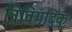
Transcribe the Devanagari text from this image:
त्रिविमदिक्